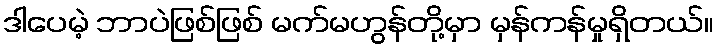
ဒါပေမဲ့ ဘာပဲဖြစ်ဖြစ် မက်မဟွန်တို့မှာ မှန်ကန်မှုရှိတယ်။